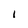
Character: I